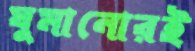
ঘুমানোরই